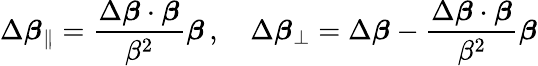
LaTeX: \Delta{\boldsymbol{\beta}}_{\parallel}={\frac{\Delta{\boldsymbol{\beta}}\cdot{\boldsymbol{\beta}}}{\beta^{2}}}{\boldsymbol{\beta}}\, ,\quad\Delta{\boldsymbol{\beta}}_{\perp}=\Delta{\boldsymbol{\beta}}-{\frac{\Delta{\boldsymbol{\beta}}\cdot{\boldsymbol{\beta}}}{\beta^{2}}}{\boldsymbol{\beta}}